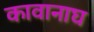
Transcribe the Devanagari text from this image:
कावानाघ